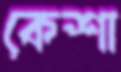
কেশা